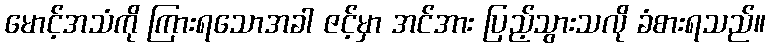
မောင့်အသံကို ကြားရသောအခါ ဇင့်မှာ အင်အား ပြည့်သွားသလို ခံစားရသည်။